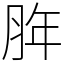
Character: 脌